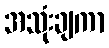
အသုံးချကာ